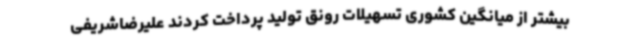
بیشتر از میانگین کشوری تسهیلات رونق تولید پرداخت کردند علیرضاشریفی